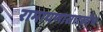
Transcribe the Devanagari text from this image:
रामायणासारखीच